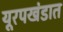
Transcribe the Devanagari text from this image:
यूरपखंडात